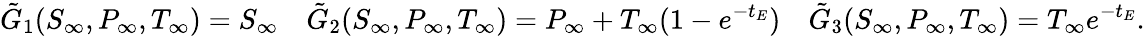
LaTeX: \tilde{G}_{1}(S_{\infty},P_{\infty},T_{\infty})=S_{\infty}\quad\tilde{G}_{2}(S_{\infty},P_{\infty},T_{\infty})=P_{\infty}+T_{\infty}(1-e^{-t_{E}})\quad\tilde{G}_{3}(S_{\infty},P_{\infty},T_{\infty})=T_{\infty}e^{-t_{E}}.